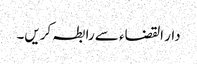
دار القضاء سے رابطہ کریں۔